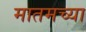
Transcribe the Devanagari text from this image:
मातमच्या